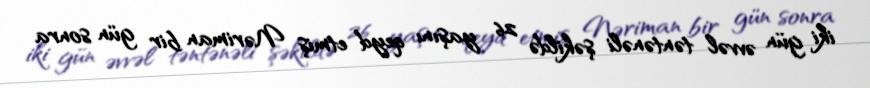
iki gün əvvəl təntənəli şəkildə 26 yaşını qeyd etmiş Nəriman bir gün sonra